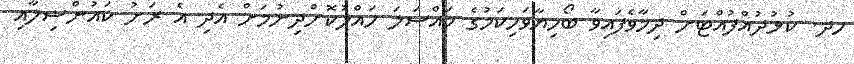
ހދ. ކުޅުދުއްފުއްޓަށް ދިމާވެފައިވާ ބޯހިޔާވަހިކަމުގެ މައްސަލަ ހައްލުކޮށްދިނުމަށް އެދި އެ ރަށު ކައުންސިލާއި